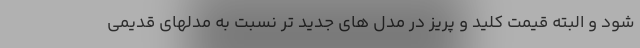
شود و البته قیمت کلید و پریز در مدل های جدید تر نسبت به مدلهای قدیمی